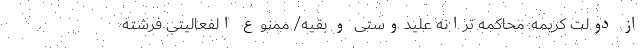
از دولت کریمه: محاکمه ترانه علیدوستی و بقیه/ ممنوع الفعالیتی فرشته